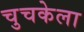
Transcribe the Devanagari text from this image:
चुचकेला